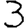
Digit: 3